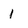
Character: I